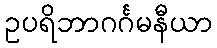
ဥပရိဘာဂင်္ဂမနီယာ